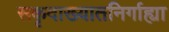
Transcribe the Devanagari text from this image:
सकृदाख्यातनिर्गाह्या